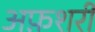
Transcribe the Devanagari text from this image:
अफ़शरी